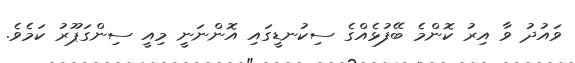
ވައުދު ވާ އިރު ކޮންމެ ބޭފުޅެއްގެ ސިކުނޑީގައި އޮންނަނީ މިއީ ސިންގަޕޫރު ކަމެވެ.